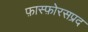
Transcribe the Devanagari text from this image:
फ़ास्फ़ोरसप्रद